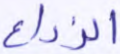
الزراع